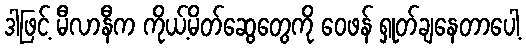
ဒါဖြင့် မီလာနီက ကိုယ့်မိတ်ဆွေတွေကို ဝေဖန် ရှုတ်ချနေတာပေါ့